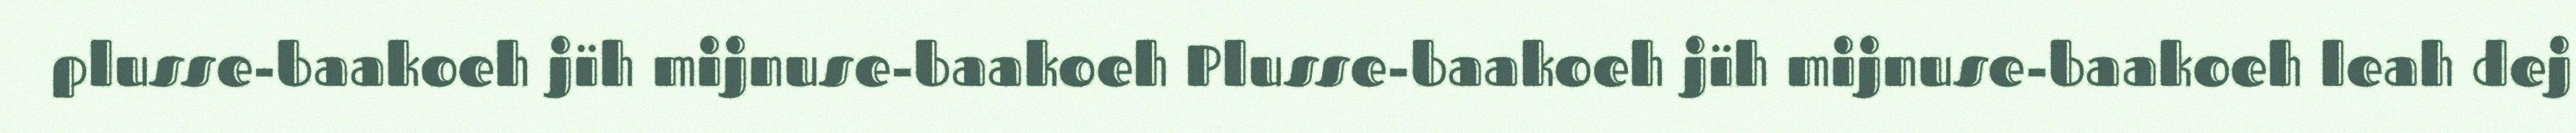
plusse-baakoeh jïh mijnuse-baakoeh Plusse-baakoeh jïh mijnuse-baakoeh leah dej